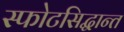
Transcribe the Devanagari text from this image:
स्फोटसिद्धान्त